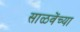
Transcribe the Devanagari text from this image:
साळवेंच्या